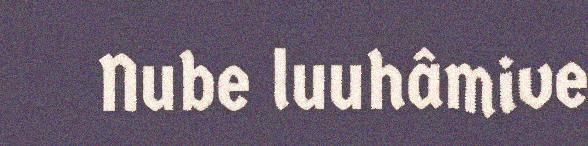
Nube luuhâmive